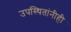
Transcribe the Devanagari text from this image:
उपस्थितांनीही